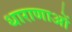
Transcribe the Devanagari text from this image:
धाराणाआें